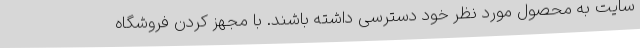
سایت به محصول مورد نظر خود دسترسی داشته باشند. با مجهز کردن فروشگاه